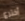
أخترع